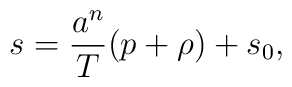
s={a^n\over T}(p+\rho)+s_0,